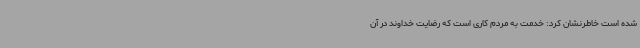
شده است خاطرنشان کرد: خدمت به مردم کاری است که رضایت خداوند در آن